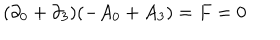
LaTeX: ( \partial _ { 0 } + \partial _ { 3 } ) ( - A _ { 0 } + A _ { 3 } ) = F = 0